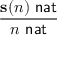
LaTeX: \frac { \mathbf { s ( } n \mathbf { ) } \, \, { \mathsf { n a t } } } { n \, \, { \mathsf { n a t } } }